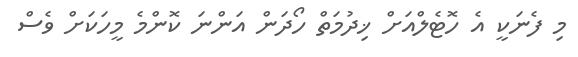
މި ފެނަކީ އެ ހޮޓެލްއަށް ޚިދުމަތް ހޯދަން އަންނަ ކޮންމެ މީހަކަށް ވެސް